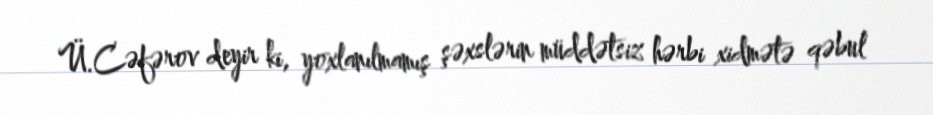
Ü.Cəfərov deyir ki, yoxlanılmamış şəxslərin müddətsiz hərbi xidmətə qəbul